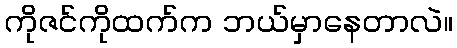
ကိုဇင်ကိုထက်က ဘယ်မှာနေတာလဲ။